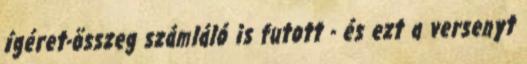
ígéret-összeg számláló is futott - és ezt a versenyt